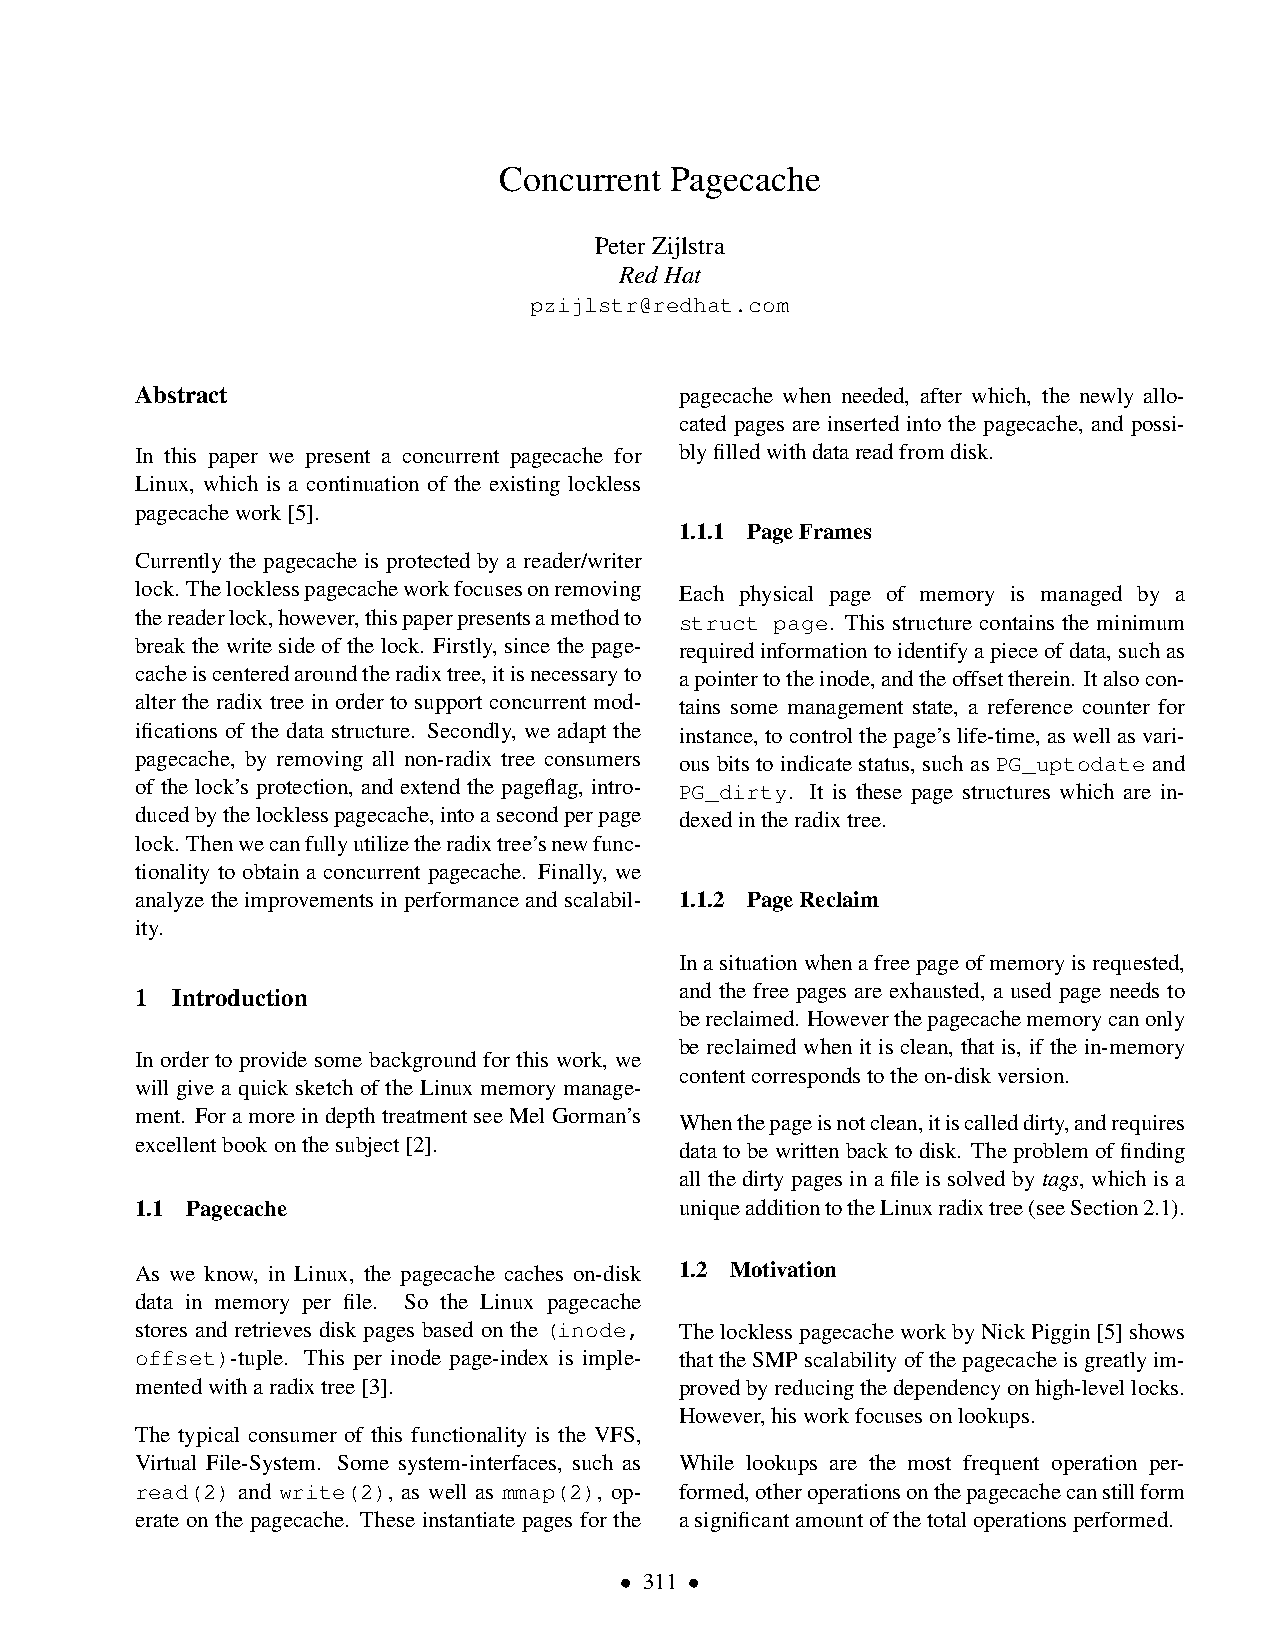
Concurrent Pagecache
 PeterZijlstra
 RedHat
 pzijlstr@redhat.com
 Abstract                            pagecache when needed, after which, the newly allo-
 cated pages are inserted into the pagecache, and possi-
 In this paper we present a concurrent pagecache for blyfilledwithdatareadfromdisk.
 Linux, which is a continuation of the existing lockless
 pagecachework[5].
 1.1.1 PageFrames
 Currently the pagecache is protected by a reader/writer
 lock. Thelocklesspagecacheworkfocusesonremoving Each physical page of memory is managed by a
 thereaderlock,however,thispaperpresentsamethodto struct page. This structure contains the minimum
 breakthewritesideofthelock. Firstly, sincethepage- requiredinformationtoidentifyapieceofdata,suchas
 cacheiscenteredaroundtheradixtree,itisnecessaryto apointertotheinode,andtheoffsettherein. Italsocon-
 alter the radix tree in order to support concurrent mod- tains some management state, a reference counter for
 ifications of the data structure. Secondly, we adapt the instance,tocontrolthepage’slife-time,aswellasvari-
 pagecache, by removing all non-radix tree consumers ous bits to indicate status, such as PG_uptodate and
 of the lock’s protection, and extend the pageflag, intro- PG_dirty. It is these page structures which are in-
 ducedbythelocklesspagecache,intoasecondperpage dexedintheradixtree.
 lock. Thenwecanfullyutilizetheradixtree’snewfunc-
 tionality to obtain a concurrent pagecache. Finally, we
 analyzetheimprovementsinperformanceandscalabil- 1.1.2 PageReclaim
 ity.
 Inasituationwhenafreepageofmemoryisrequested,
 and the free pages are exhausted, a used page needs to
 1 Introduction
 bereclaimed. Howeverthepagecachememorycanonly
 be reclaimed when it is clean, that is, if the in-memory
 In order to provide some background for this work, we
 contentcorrespondstotheon-diskversion.
 will give a quick sketch of the Linux memory manage-
 ment. ForamoreindepthtreatmentseeMelGorman’s
 Whenthepageisnotclean,itiscalleddirty,andrequires
 excellentbookonthesubject[2].
 data to be written back to disk. The problem of finding
 all the dirty pages in a file is solved by tags, which is a
 1.1 Pagecache                       uniqueadditiontotheLinuxradixtree(seeSection2.1).
 As we know, in Linux, the pagecache caches on-disk 1.2 Motivation
 data in memory per file. So the Linux pagecache
 stores and retrieves disk pages based on the (inode, ThelocklesspagecacheworkbyNickPiggin[5]shows
 offset)-tuple. This per inode page-index is imple- thattheSMPscalabilityofthepagecacheisgreatlyim-
 mentedwitharadixtree[3].            provedbyreducingthedependencyonhigh-levellocks.
 However,hisworkfocusesonlookups.
 The typical consumer of this functionality is the VFS,
 Virtual File-System. Some system-interfaces, such as While lookups are the most frequent operation per-
 read(2) and write(2), as well as mmap(2), op- formed,otheroperationsonthepagecachecanstillform
 erate on the pagecache. These instantiate pages for the asignificantamountofthetotaloperationsperformed.
 • 311 •